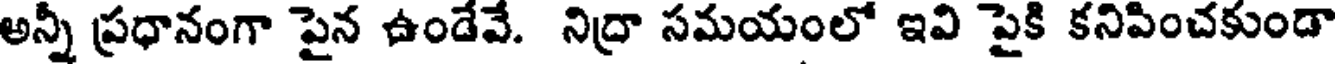
అన్నీ ప్రధానంగా పైన ఉండేవే. నిద్రా సమయంలో ఇవి పైకి కనిపించకుండా